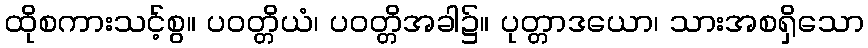
ထိုစကားသင့်စွ။ ပဝတ္တိယံ၊ ပဝတ္တိအခါ၌။ ပုတ္တာဒယော၊ သားအစရှိသော